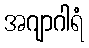
အဂျာဂါရံ